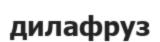
дилафруз